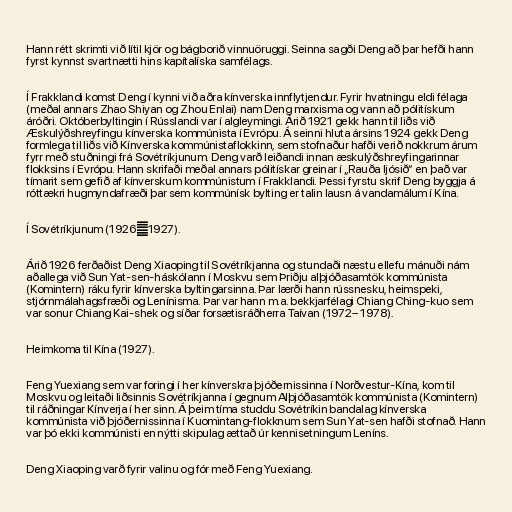
Hann rétt skrimti við lítil kjör og bágborið vinnuöruggi. Seinna sagði Deng að þar hefði hann
fyrst kynnst svartnætti hins kapítalíska samfélags.

Í Frakklandi komst Deng í kynni við aðra kínverska innflytjendur. Fyrir hvatningu eldi félaga
(meðal annars Zhao Shiyan og Zhou Enlai) nam Deng marxisma og vann að pólitískum
áróðri. Októberbyltingin í Rússlandi var í algleymingi. Árið 1921 gekk hann til liðs við
Æskulýðshreyfingu kínverska kommúnista í Evrópu. Á seinni hluta ársins 1924 gekk Deng
formlega til liðs við Kínverska kommúnistaflokkinn, sem stofnaður hafði verið nokkrum árum
fyrr með stuðningi frá Sovétríkjunum. Deng varð leiðandi innan æskulýðshreyfingarinnar
flokksins í Evrópu. Hann skrifaði meðal annars pólitískar greinar í „Rauða ljósið“ en það var
tímarit sem gefið af kínverskum kommúnistum í Frakklandi. Þessi fyrstu skrif Deng byggja á
róttækri hugmyndafræði þar sem kommúnísk bylting er talin lausn á vandamálum í Kína.

Í Sovétríkjunum (1926―1927).

Árið 1926 ferðaðist Deng Xiaoping til Sovétríkjanna og stundaði næstu ellefu mánuði nám
aðallega við Sun Yat-sen-háskólann í Moskvu sem Þriðju alþjóðasamtök kommúnista
(Komintern) ráku fyrir kínverska byltingarsinna. Þar lærði hann rússnesku, heimspeki,
stjórnmálahagsfræði og Lenínisma. Þar var hann m.a. bekkjarfélagi Chiang Ching-kuo sem
var sonur Chiang Kai-shek og síðar forsætisráðherra Taívan (1972– 1978).

Heimkoma til Kína (1927).

Feng Yuexiang sem var foringi í her kínverskra þjóðernissinna í Norðvestur-Kína, kom til
Moskvu og leitaði liðsinnis Sovétríkjanna í gegnum Alþjóðasamtök kommúnista (Komintern)
til ráðningar Kínverja í her sinn. Á þeim tíma studdu Sovétríkin bandalag kínverska
kommúnista við þjóðernissinna í Kuomintang-flokknum sem Sun Yat-sen hafði stofnað. Hann
var þó ekki kommúnisti en nýtti skipulag ættað úr kennisetningum Leníns.

Deng Xiaoping varð fyrir valinu og fór með Feng Yuexiang.